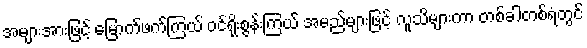
အများအားဖြင့် မြောက်ဖက်ကြယ် ဝင်ရိုးစွန်းကြယ် အမည်များဖြင့် လူသိများကာ တစ်ခါတစ်ရံတွင်